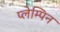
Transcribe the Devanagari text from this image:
प्लेम्पिन